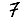
Digit: 7